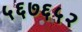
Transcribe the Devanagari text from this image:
५६७६५२